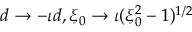
d \to - \iota d , \xi _ { 0 } \to \iota ( \xi _ { 0 } ^ { 2 } - 1 ) ^ { 1 / 2 }